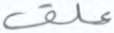
علق